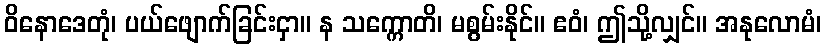
ဝိနောဒေတုံ၊ ပယ်ဖျောက်ခြင်းငှာ။ န သက္ကောတိ၊ မစွမ်းနိုင်။ ဧဝံ၊ ဤသို့လျှင်။ အနုလောမံ၊